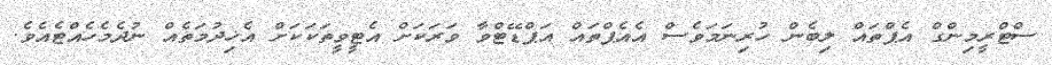
ސްޓްރީމިންގް އެޕްތައް ލިބެން ހުރިނަމަވެސް އެއެޕްތައް އަޕްޑޭޓްވާ ވަރަކަށް އެޓީވީތަކަކަށް އެޚިދުމަތެއް ނުދެމެހެއްޓެއެވެ.